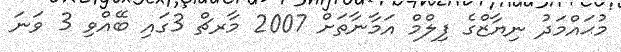
މުޙައްމަދު ނިޔާޒްގެ ފިލްމް އަމާނާތަށް 2007 މާރޗް 3ގައި ބޭއްވި 3 ވަނަ